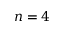
n = 4